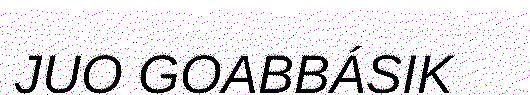
JUO GOABBÁSIK